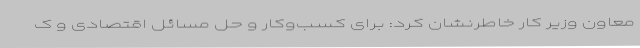
معاون وزیر کار خاطرنشان کرد: برای کسب‌وکار و حل مسائل اقتصادی و ک